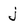
Character: j